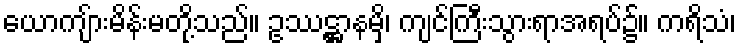
ယောကျ်ားမိန်းမတို့သည်။ ဥဿဋ္ဌာနမှိ၊ ကျင်ကြီးသွားရာအရပ်၌။ ကရိသံ၊